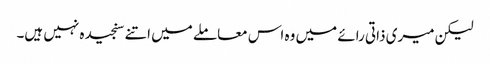
لیکن میری ذاتی رائے میں وہ اس معاملے میں اتنے سنجیدہ نہیں ہیں۔